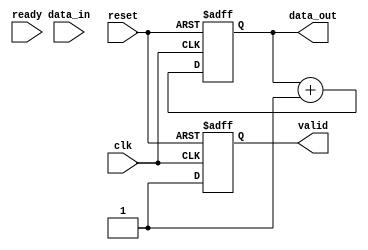
module ready_valid_handshake (
    input wire clk,
    input wire reset,
    
    // Producer interface
    output reg [7:0] data_out,
    output reg valid,
    
    // Consumer interface
    input wire ready,
    input wire [7:0] data_in
);

// Producer logic
always @(posedge clk or posedge reset) begin
    if (reset) begin
        valid <= 1'b0;
        data_out <= 8'b0;
    end else begin
        // Example data generation
        data_out <= data_out + 1;   // Increment data for simplicity
        valid <= 1'b1;               // Assert valid when data is generated
    end
end

endmodule